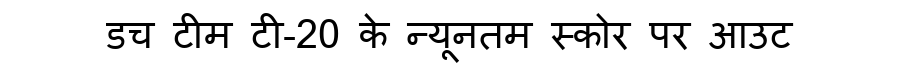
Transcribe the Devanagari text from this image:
डच टीम टी-20 के न्यूनतम स्कोर पर आउट